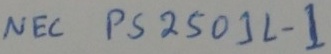
Text: NEC PS2501L